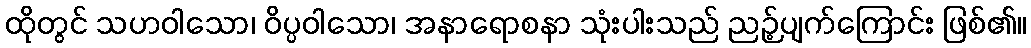
ထိုတွင် သဟဝါသော၊ ဝိပ္ပဝါသော၊ အနာရောစနာ သုံးပါးသည် ညဉ့်ပျက်ကြောင်း ဖြစ်၏။